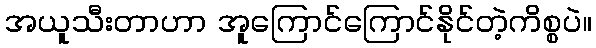
အယူသီးတာဟာ အူကြောင်ကြောင်နိုင်တဲ့ကိစ္စပဲ။